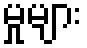
မှုများ